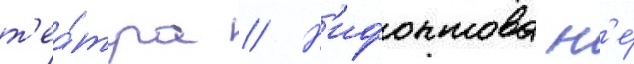
т'еа́тра // Н'ифонтова н'е́